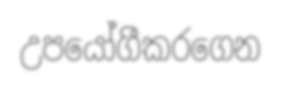
උපයෝගීකරගෙන